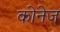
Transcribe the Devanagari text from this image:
कोनेज